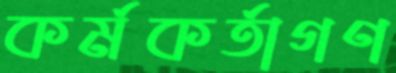
কর্মকর্তাগণ